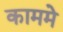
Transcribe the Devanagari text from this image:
काममे